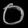
Digit: ၀